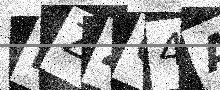
Text: RZZC4A